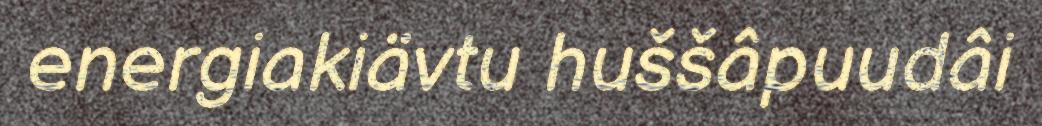
energiakiävtu huššâpuudâi